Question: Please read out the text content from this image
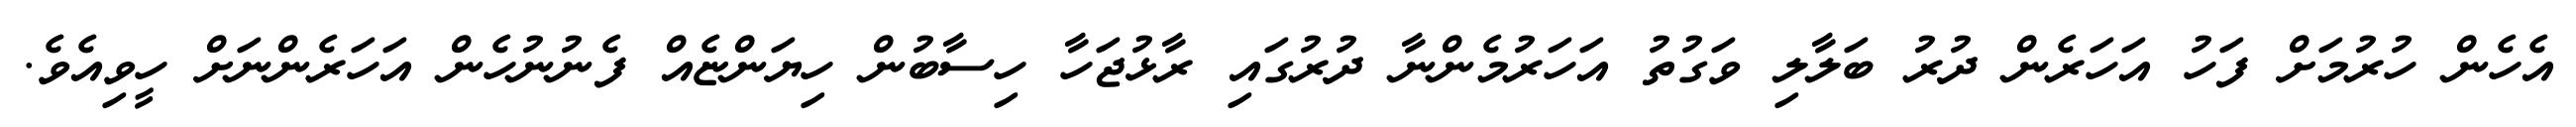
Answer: އެހެން ހުރުމަށް ފަހު އަހަރެން ދުރު ބަލާލި ވަގުތު އަހަރުމެންނާ ދުރުގައި ރާޅުޖަހާ ހިސާބުން ހިޔަންޏެއް ފެނުނުހެން އަހަރެންނަށް ހީވިއެވެ.